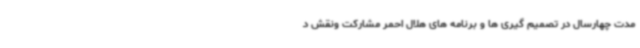
مدت چهارسال در تصمیم گیری ها و برنامه های هلال احمر مشارکت ونقش د